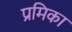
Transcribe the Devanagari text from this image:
प्रमिका